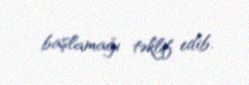
başlamağı təklif edib.